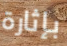
بإثارة